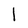
Character: l